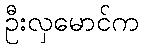
ဦးလှမောင်က